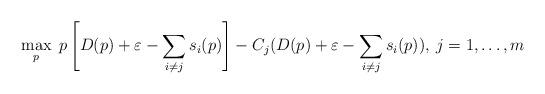
LaTeX: \begin{align*}\max_{p}\; p\left[D(p)+\varepsilon-\sum_{i\ne j}s_{i}(p)\right]-C_{j}(D(p)+\varepsilon-\sum_{i\ne j}s_{i}(p)),\: j=1,\dots,m\end{align*}